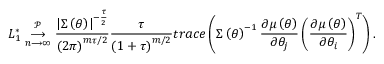
L _ { 1 } ^ { \ast } \underset { n \longrightarrow \infty } { \overset { \mathcal { P } } { \longrightarrow } } \frac { \left\vert \boldsymbol { \Sigma } \left( \boldsymbol { \theta } \right) \right\vert ^ { - \frac { \tau } { 2 } } } { \left( 2 \pi \right) ^ { m \tau / 2 } } \frac { \tau } { \left( 1 + \tau \right) ^ { m / 2 } } t r a c e \left( \boldsymbol { \Sigma } \left( \boldsymbol { \theta } \right) ^ { - 1 } \frac { \partial \boldsymbol { \mu } \left( \boldsymbol { \theta } \right) } { \partial \theta _ { j } } \left( \frac { \partial \boldsymbol { \mu } \left( \boldsymbol { \theta } \right) } { \partial \theta _ { i } } \right) ^ { T } \right) .